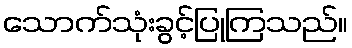
သောက်သုံးခွင့်ပြုကြသည်။